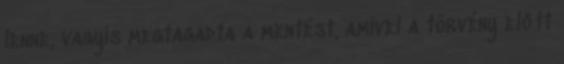
lenne, vagyis megtagadta a mentést, amivel a törvény előtt